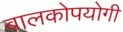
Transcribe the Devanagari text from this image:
बालकोपयोगी